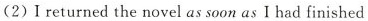
(2) l returned the novel as soon as I had finished